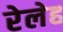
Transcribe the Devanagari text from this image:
रेलेह